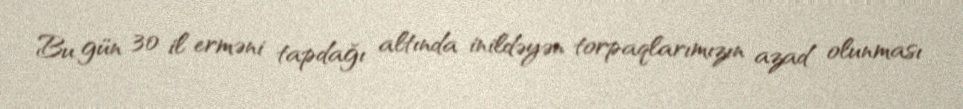
Bu gün 30 il erməni tapdağı altında inildəyən torpaqlarımızın azad olunması